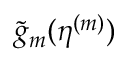
\widetilde { g } _ { m } ( \boldsymbol { \eta } ^ { ( m ) } )